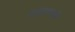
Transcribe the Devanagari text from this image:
श्हारामध्ये